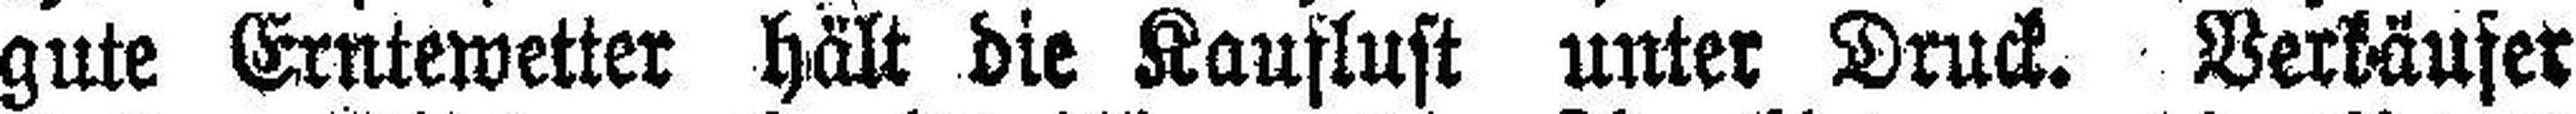
gute Erntewetter hält die Kauflust unter Druck. Verkäufer